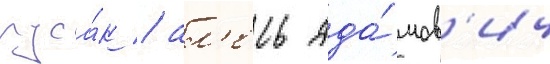
руса́к / ал'есь ада́мов'ич